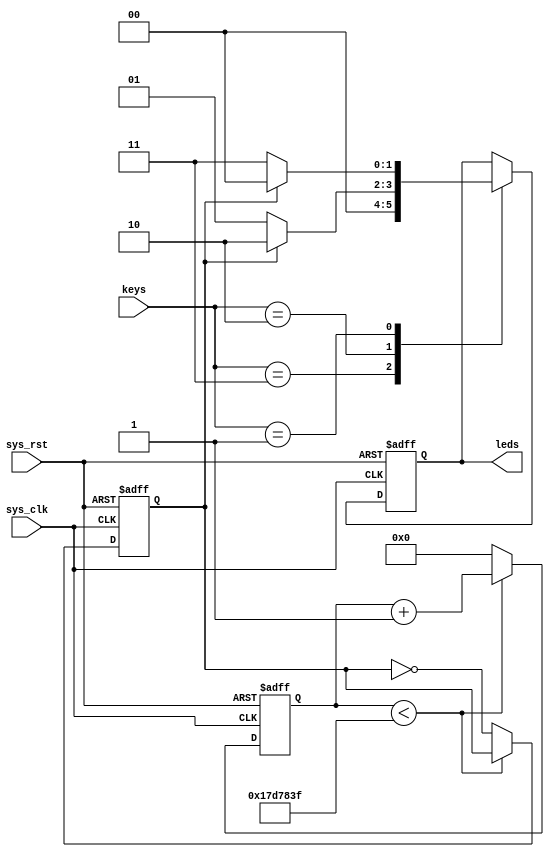
module keys_led (
    input wire [0:0] sys_clk,
    input wire [0:0] sys_rst,
    input wire [1:0] keys,
    output reg [1:0] leds
);

parameter FLASH_PERID = 25'd25000000;
parameter CNT_MAX = FLASH_PERID - 25'd1;

reg [0:0] flash_flag;

// count for 0.5s
reg [24:0] cnt;
always @(posedge sys_clk or negedge sys_rst) begin
    if (!sys_rst) begin
        cnt <= 25'd0;
        flash_flag <= 25'd0;
    end
    else if (cnt < CNT_MAX) 
        cnt <= cnt + 1;
    else begin
        cnt <= 25'd0;
        flash_flag <= ~flash_flag;
    end
end

// change the content of leds
always @(posedge sys_clk or negedge sys_rst) begin
    if (!sys_rst) 
        leds <= 2'b00;
    else case (keys)
        2'b11: leds <= 2'b00;
        2'b10: begin
            if (flash_flag)
                leds <= 2'b10;
            else 
                leds <= 2'b01;
        end
        2'b01: begin
            if (flash_flag)
                leds <= 2'b00;
            else
                leds <= 2'b11;
        end
        default: ;
    endcase
end
endmodule